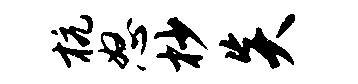
杭怒杪炎